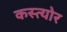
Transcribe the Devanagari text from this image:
कस्त्योर